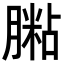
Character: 𦟶